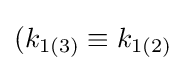
(k_{1(3)}\equiv k_{1(2)}